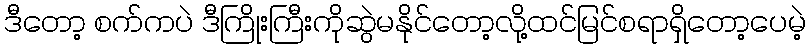
ဒီတော့ စက်ကပဲ ဒီကြိုးကြီးကိုဆွဲမနိုင်တော့လို့ထင်မြင်စရာရှိတော့ပေမဲ့